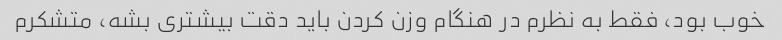
خوب بود، فقط به نظرم در هنگام وزن کردن باید دقت بیشتری بشه، متشکرم